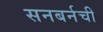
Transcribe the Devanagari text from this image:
सनबर्नची